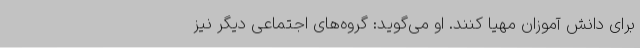
برای دانش آموزان مهیا کنند. او می‌گوید: گروه‌های اجتماعی دیگر نیز